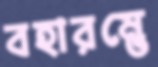
বহারম্ভে